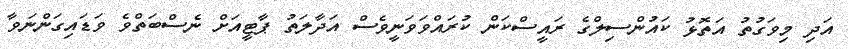
އަދި މިވަގުތު އަތޮޅު ކައުންސިލްގެ ރައީސްކަން ކުރައްވަވަނީވެސް އަދާލަތު ޕާޓީއަށް ނެސްބަތްވެ ވަޑައިގަންނަވާ